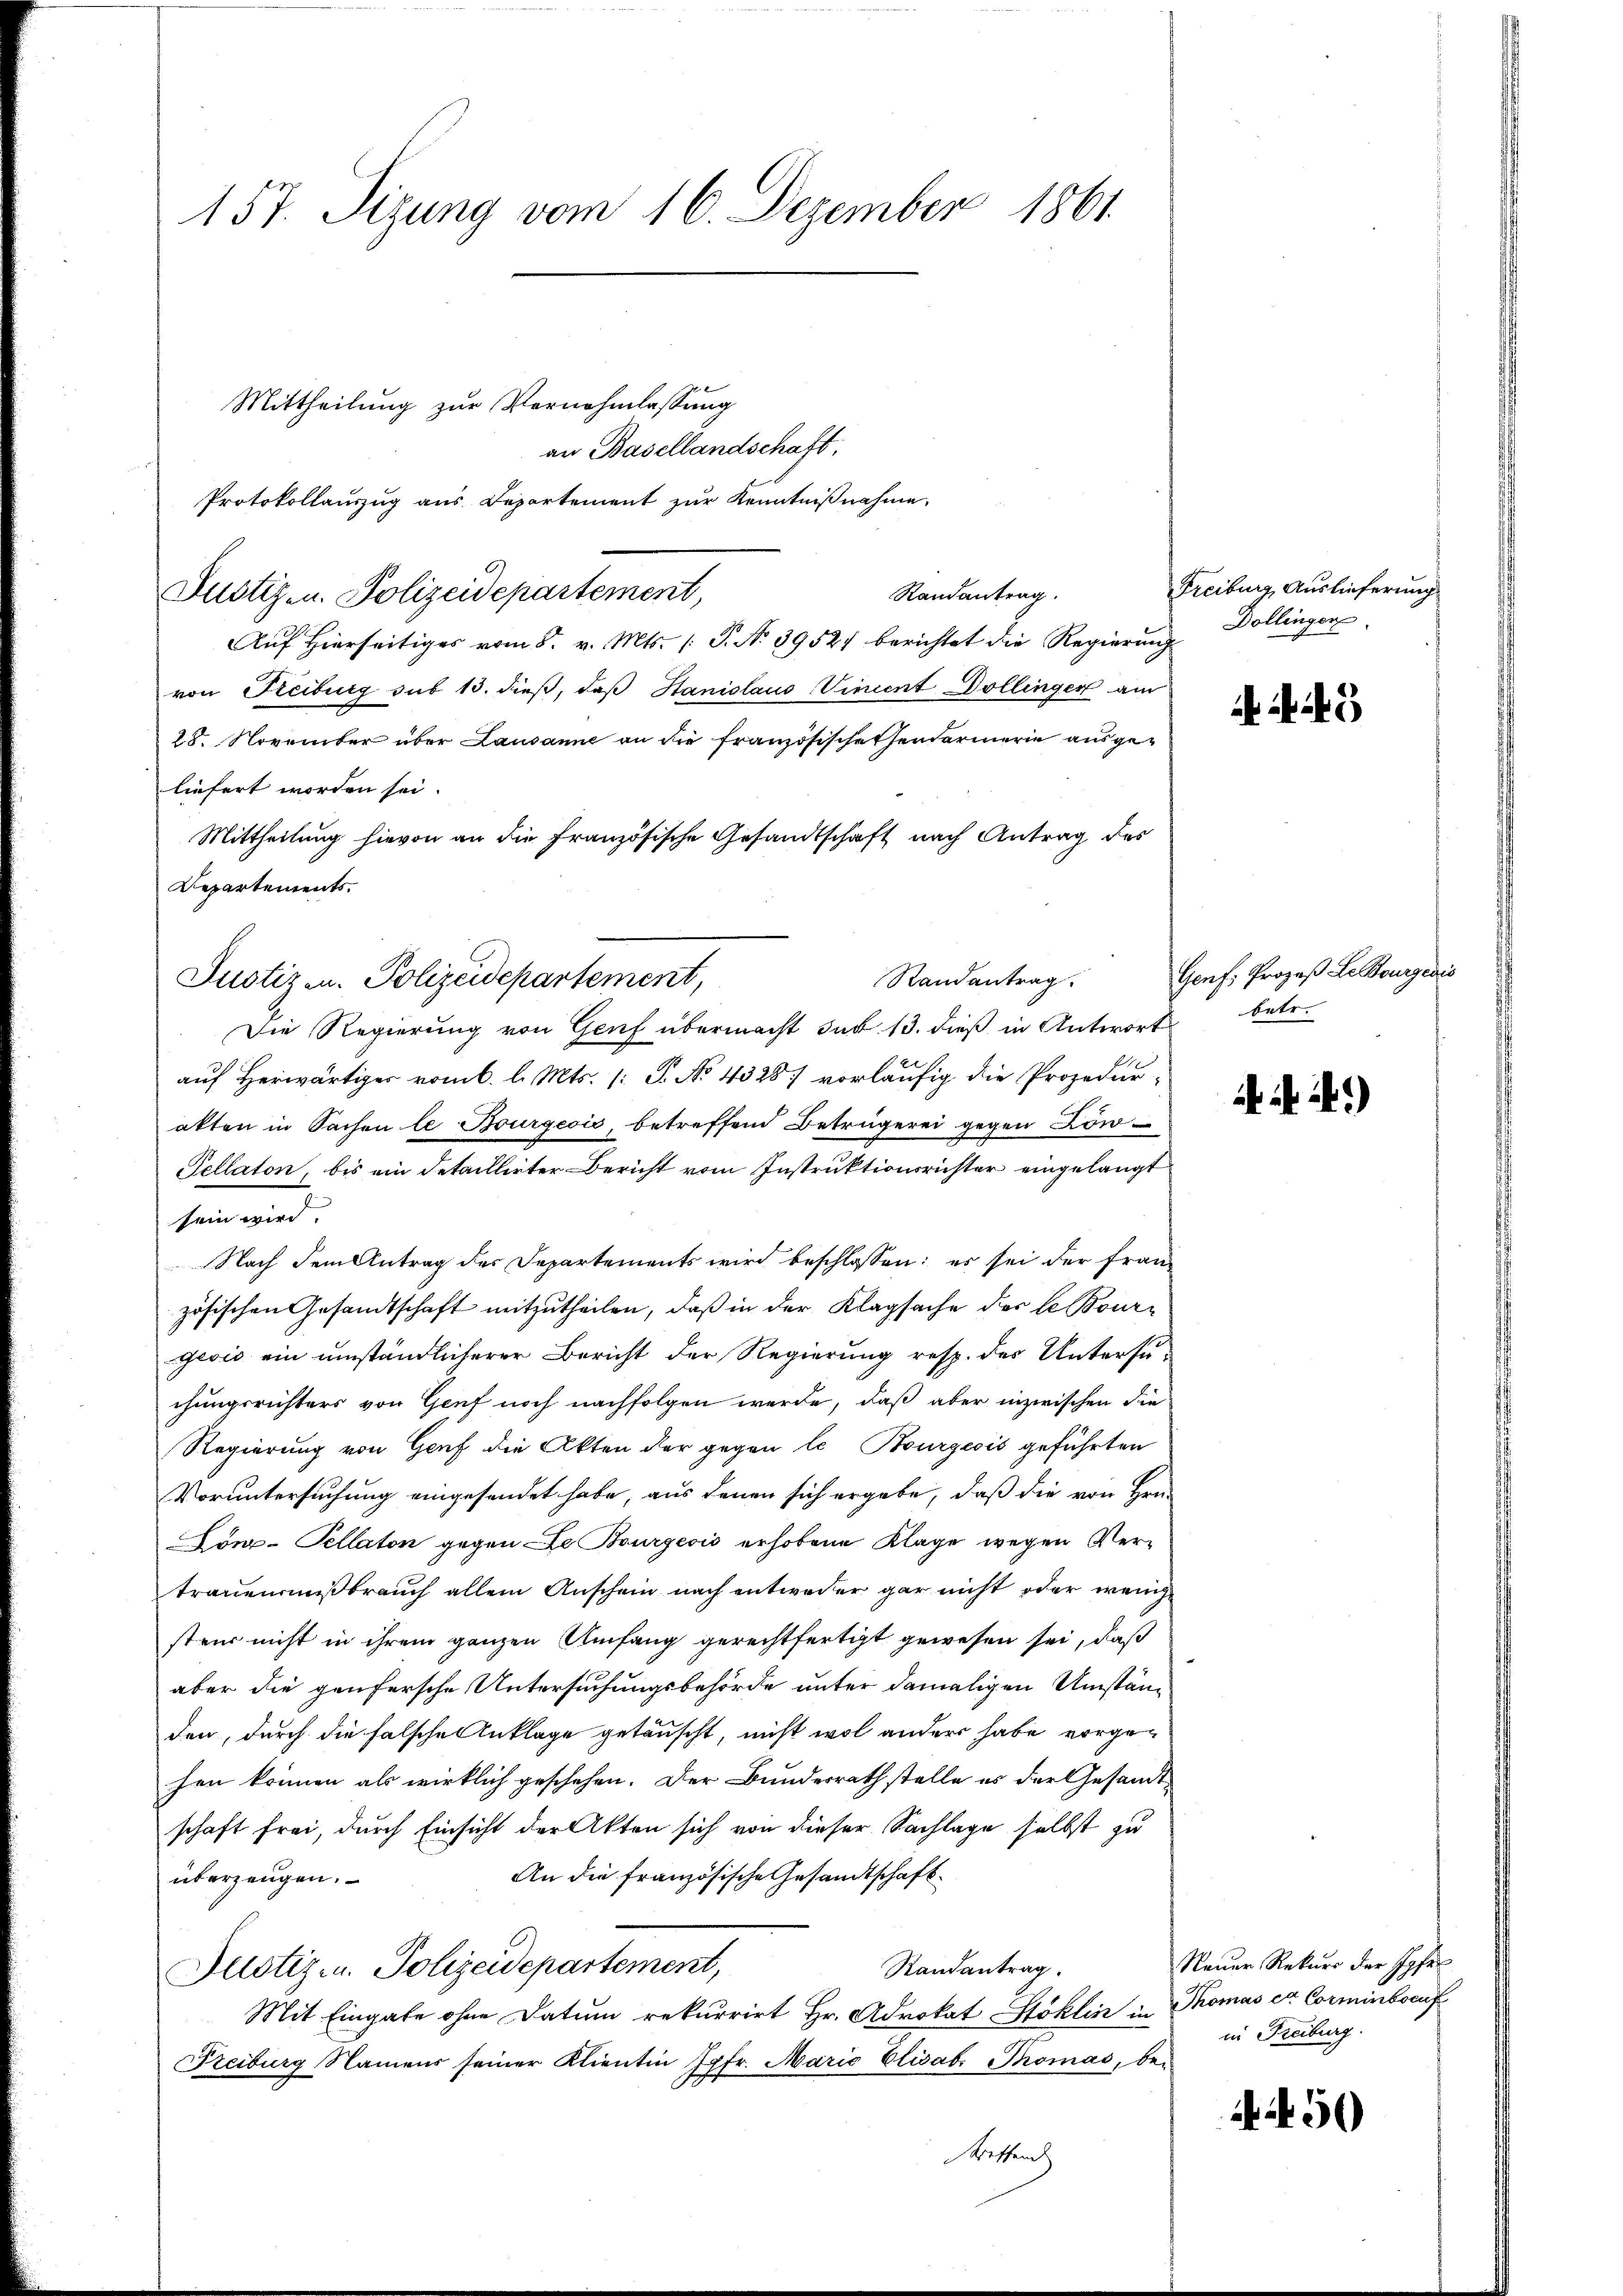
157. Sizung vom 16. Dezember 1861.

Mittheilung zur Vernehmlassung
an Basellandschaft,
Protokollauszug aus Departement zur Kenntnißnahme,
Randantrag.
Justiz- u. Polizeidepartement,
Aŭf Hierseitiges vom 5. v. Mts. /: P. N. 39521 berichtet die Regierŭng
von Reiburg sub 13. dieß, daß Haniolaus Vincent Dollinger am
28. November über Lausanne an die Französischehendarmerie ausgeliefert worden sei.
Mittheilung hievon an die französische Gesandtschaft nach Antrag des
Departements.
Justizen. Polizeidepartement,
Die Regierung von Genf übermacht sub 13. dieß in Antwort betr.
auf Herwärtiger vom 6. l. Mts. (: P. No 4328) vorläufig die Prozedur-
akten in Sachen le Bourgeoić, betreffend Betrügerei gegen Kon-
Tellaton, bis ein detaillirter Bericht vom Instruktionsrichter eingelangt
sein wird
Nach dem Antrag des Departements wird beschlossen: es sei der fran-
zösischen Gesandtschaft mitzutheilen, daß in der Klagsache des l. Bourgević ein umständlicherer Bericht der Regierung resp. der Untersuchungsrichters von Genf noch nachfolgen werde, daß aber inzwischen die
Regierung von Genf die Akten der gegen le Bourgeois geführten
Voruntersuchung eingesendet habe, aus denen sich ergebe, daß die von Hrn.
Conx-Tellaton gegen de Bourgeois erhobene Klage wegen Vertrauen mißbrauch allein Anschein nach entweder gar nicht oder wenig
steur nicht in ihrem ganzen Umfang gerechtfertigt gewesen sei, daß
aber die genfersche Untersuchungsbehörde unter damaligen Umständen, durch die falsche Anklage getäuscht, nicht wol anders habe vorgehen können als wirklich geschehen. Der Bundesrath stelle es der Gesandtschaft frei, durch Einsicht der Akten sich von dieser Sachlage selbst zu
An die französische Gesandtschaft
überzeugen.
Randantrag.
Justiz- u. Polizeidepartement,
Mit Eingabe ohne Datum rekurrirt Hr. Advokat Stoklin in Thomas ex Corminbsauf
Freiburg Namens seiner Klientin Epfr. Maria Elisab. Thomas, be¬
Kettenh

Randantrag

Freiburg, Auslieferung
Dollingen.

Genf, Prozeß Le Bourgeris

i. i)

Neuer Rekurs der Ipfel
in Freiburg.

50